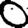
Digit: 0